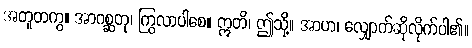
အတူတကွ။ အာဂစ္ဆတု၊ ကြွလာပါစေ။ ဣတိ၊ ဤသို့။ အာဟ၊ လျှောက်ဆိုလိုက်ပါ၏။